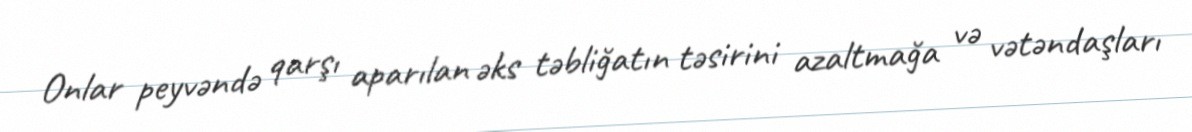
Onlar peyvəndə qarşı aparılan əks təbliğatın təsirini azaltmağa və vətəndaşları